Report of the Indian Hemp Drugs Commission, 1894-1895 - Volume VI
Year: 1894
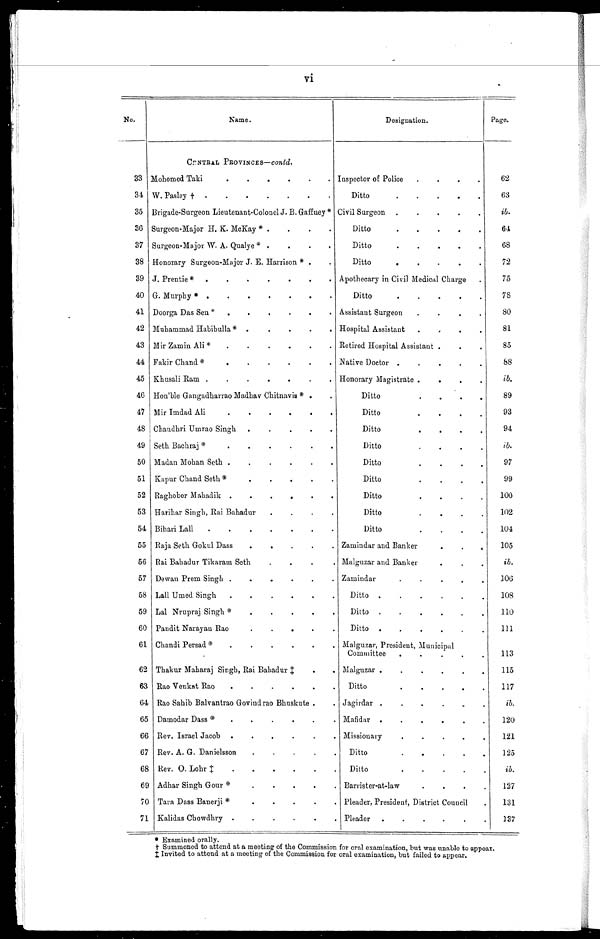
vi
No.
Name.
Designation.
Page.
CENTRAL PROVINCES— contd .
33 Mohomed Taki . . . Inspector of Police . . .
62
34 W. Pasley † . . .
Ditto. . .
63
35 Brigade-Surgeon Lieutenant-Colonel J . B. Gaffney* Civil Surgeon . . .
ib.
36 Surgeon-Major H. K. McKay* . . .
Ditto . . .
64
37 Surgeon-Major W. A. Qualye*. . .
Ditto . . .
68
38 Honorary Surgeon-Major J. E. Harrison*. . .
Ditto . . .
72
39 J. Prentie*. . . Apothecary in Civil Medical Charge . . .
75
40 G. Murphy*. . .
Ditto . . .
78
41 Doorga Das Sen*. . . Assistant Surgeon . . .
8 0
42 Muhammad Habibulla* . . . Hospital Assistant . . .
81
43 Mir Zamin Ali* . . . Retired Hospital Assistant . . .
85
44 Fakir Chand*. . . Native Doctor . . .
88
45 Khusali Ram . . . Honorary Magistrate . . .
i b .
46 Hon'ble Gangadharrao Madhav Chitnavis* . . .
Ditto . . .
89
47 Mir Imdad Ali . . .
Ditto . . .
93
48 Chaudhri Umrao Singh . . .
Ditto . . .
94
49 Seth Bachraj* . . .
Ditto . . .
i b .
50 Madan Mohan Seth . . .
Ditto . . .
97
51 Kapur Chand Seth* . . .
Ditto . . .
99
52 Raghober Mahadik . . .
Ditto . . .
1 0 0
53 Harihar Singh, Rai Bahadur . . .
Ditto . . .
102
54 Bihari Lall . . .
Ditto . . .
1 0 4
55 Raja Seth Gokul Dass . . . Zamindar and Banker . . .
105
56 Rai Bahadur Tikaram Seth . . . Malguzar and Banker . . .
i b .
57 Dewan Prem Singh . . . Zamindar . . .
1 0 6
58 Lall Umed Singh . . .
Ditto . . .
108
59 Lal Nrupraj Singh*. . .
Ditto . . .
110
60 Pandit Narayau Rao . . .
Ditto . . .
111
61 Chandi Persad* . . . Malguzar, President, Municipal
Committee . . .
113
62 Thakur Maharaj Singh, Rai Bahadur ‡ . . . Malguzar . . .
115
63 Rao Venkat, Rao . . .
Ditto . . .
117
64 Rao Sahib Balvantrao Govindrao Bhuskute . . . Jagirdar . . .
i b .
65 Damodar Dass*. . . Mafidar . . .
120
66 Rev. Israel Jacob . . . Missionary . . .
121
67 Rev. A. G. Danielsson . . .
D i t t o . . .
125
68 Rev. O. Lohr ‡ . . .
Ditto . . .
i b.
69 Adhar Singh Gour*. . . Barrister-at-law . . .
127
70 Tara Dass Banerji*. . . Pleader, President, District Council . . .
131
71 Kalidas Chowdhry . . . Pleader . . .
137
* Examined orally.
† Summoned to attend at a meeting of the Commission for oral examination, but was unable to appear.
‡ Invited to attend at a meeting of the Commission for oral examination, but failed to appear.